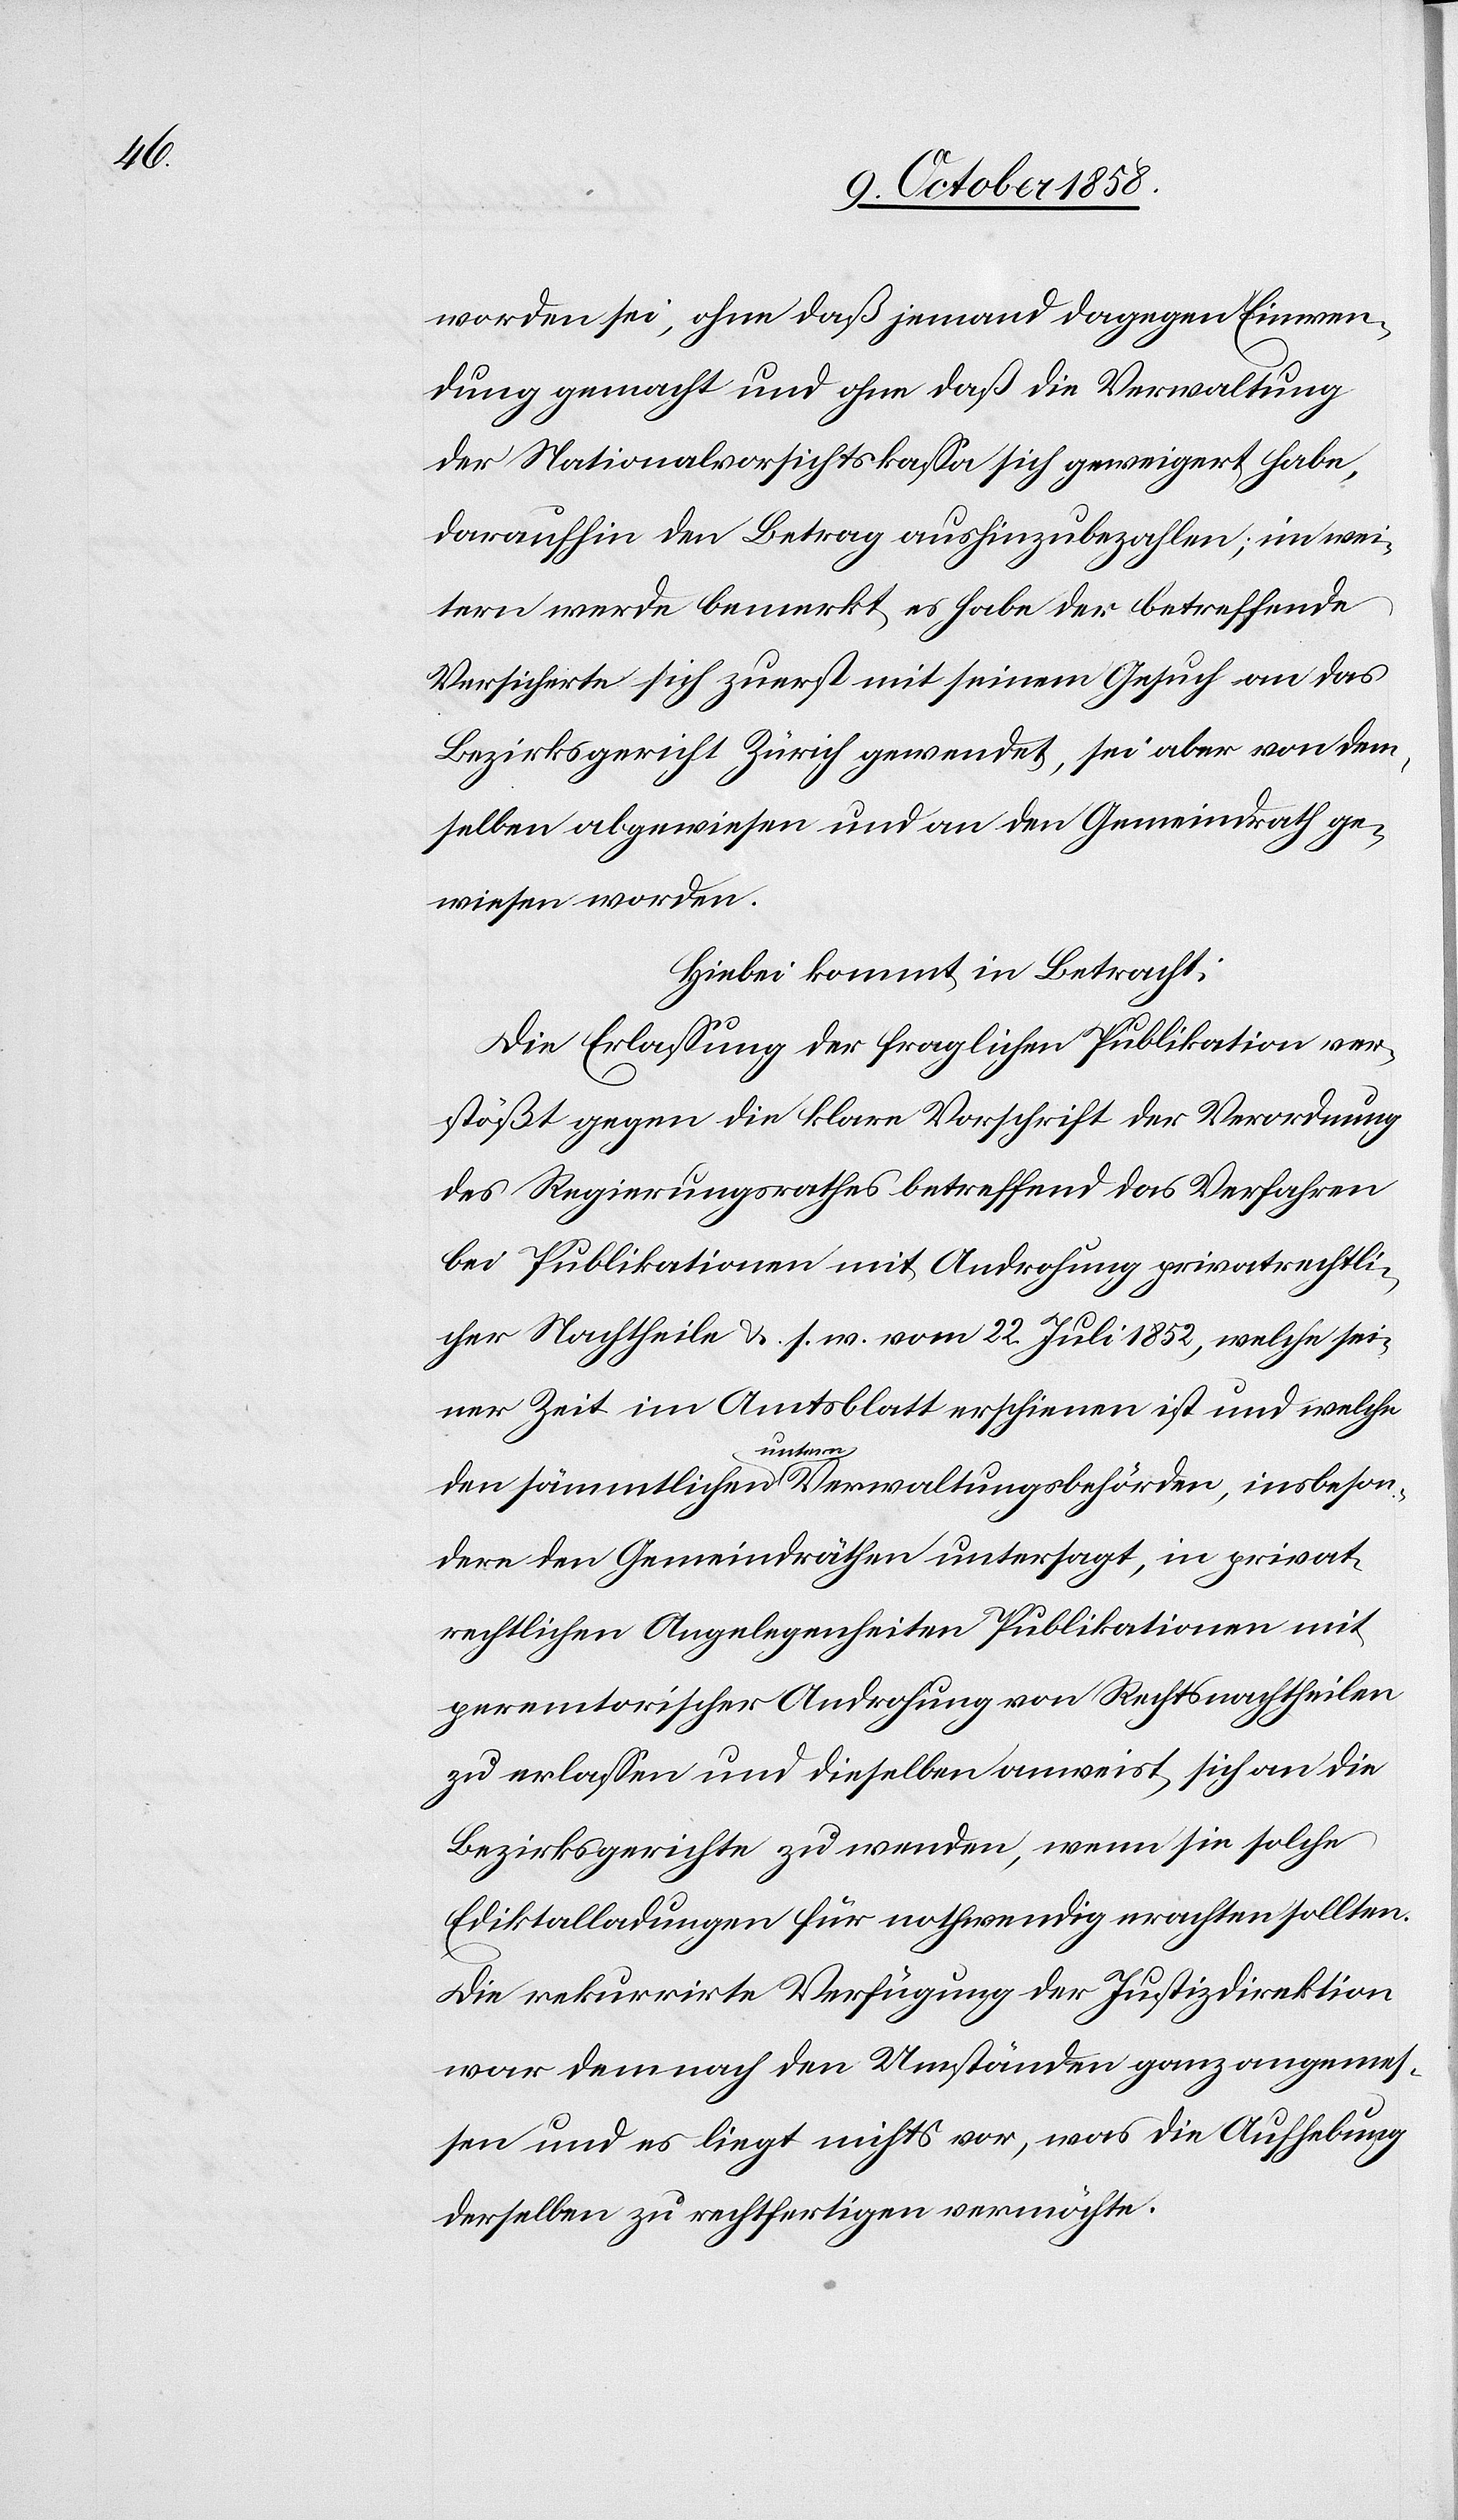
worden sei, ohne daß jemand dagegen Einwen¬
dung gemacht und ohne daß die Verwaltung
der Nationalvorsichtskassa sich geweigert habe,
daraufhin den Betrag aushinzubezahlen; im wei¬
tern werde bemerkt, es habe der betreffende
Versicherte sich zuerst mit seinem Gesuch an das
Bezirksgericht Zürich gewendet, sei aber von dem¬
selben abgewiesen und an den Gemeindrath ge¬
wiesen worden.
Hiebei kommt in Betracht:
Die Erlassung der fraglichen Publikation ver¬
stößt gegen die klare Vorschrift der Verordnung
des Regierungsrathes betreffend das Verfahren
bei Publikationen mit Androhung privatrechtli¬
cher Nachtheile &. s. w. vom 22. Juli 1852, welche sei¬
ner Zeit im Amtsblatt erschienen ist und welche
den sämmtlichen untern Verwaltungsbehörden, insbeson¬
dere den Gemeindräthen untersagt, in privat¬
rechtlichen Angelegenheiten Publikationen mit
peremtorischer Androhung von Rechtsnachtheilen
zu erlassen und dieselben anweist, sich an die
Bezirksgerichte zu wenden, wenn sie solche
Ediktalladungen für nothwendig erachten sollten.
Die rekurrirte Verfügung der Justizdirektion
war demnach den Umständen ganz angemes¬
sen und es liegt nichts vor, was die Aufhebung
derselben zu rechtfertigen vermöchte.